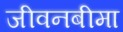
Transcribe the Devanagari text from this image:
जीवनबीमा